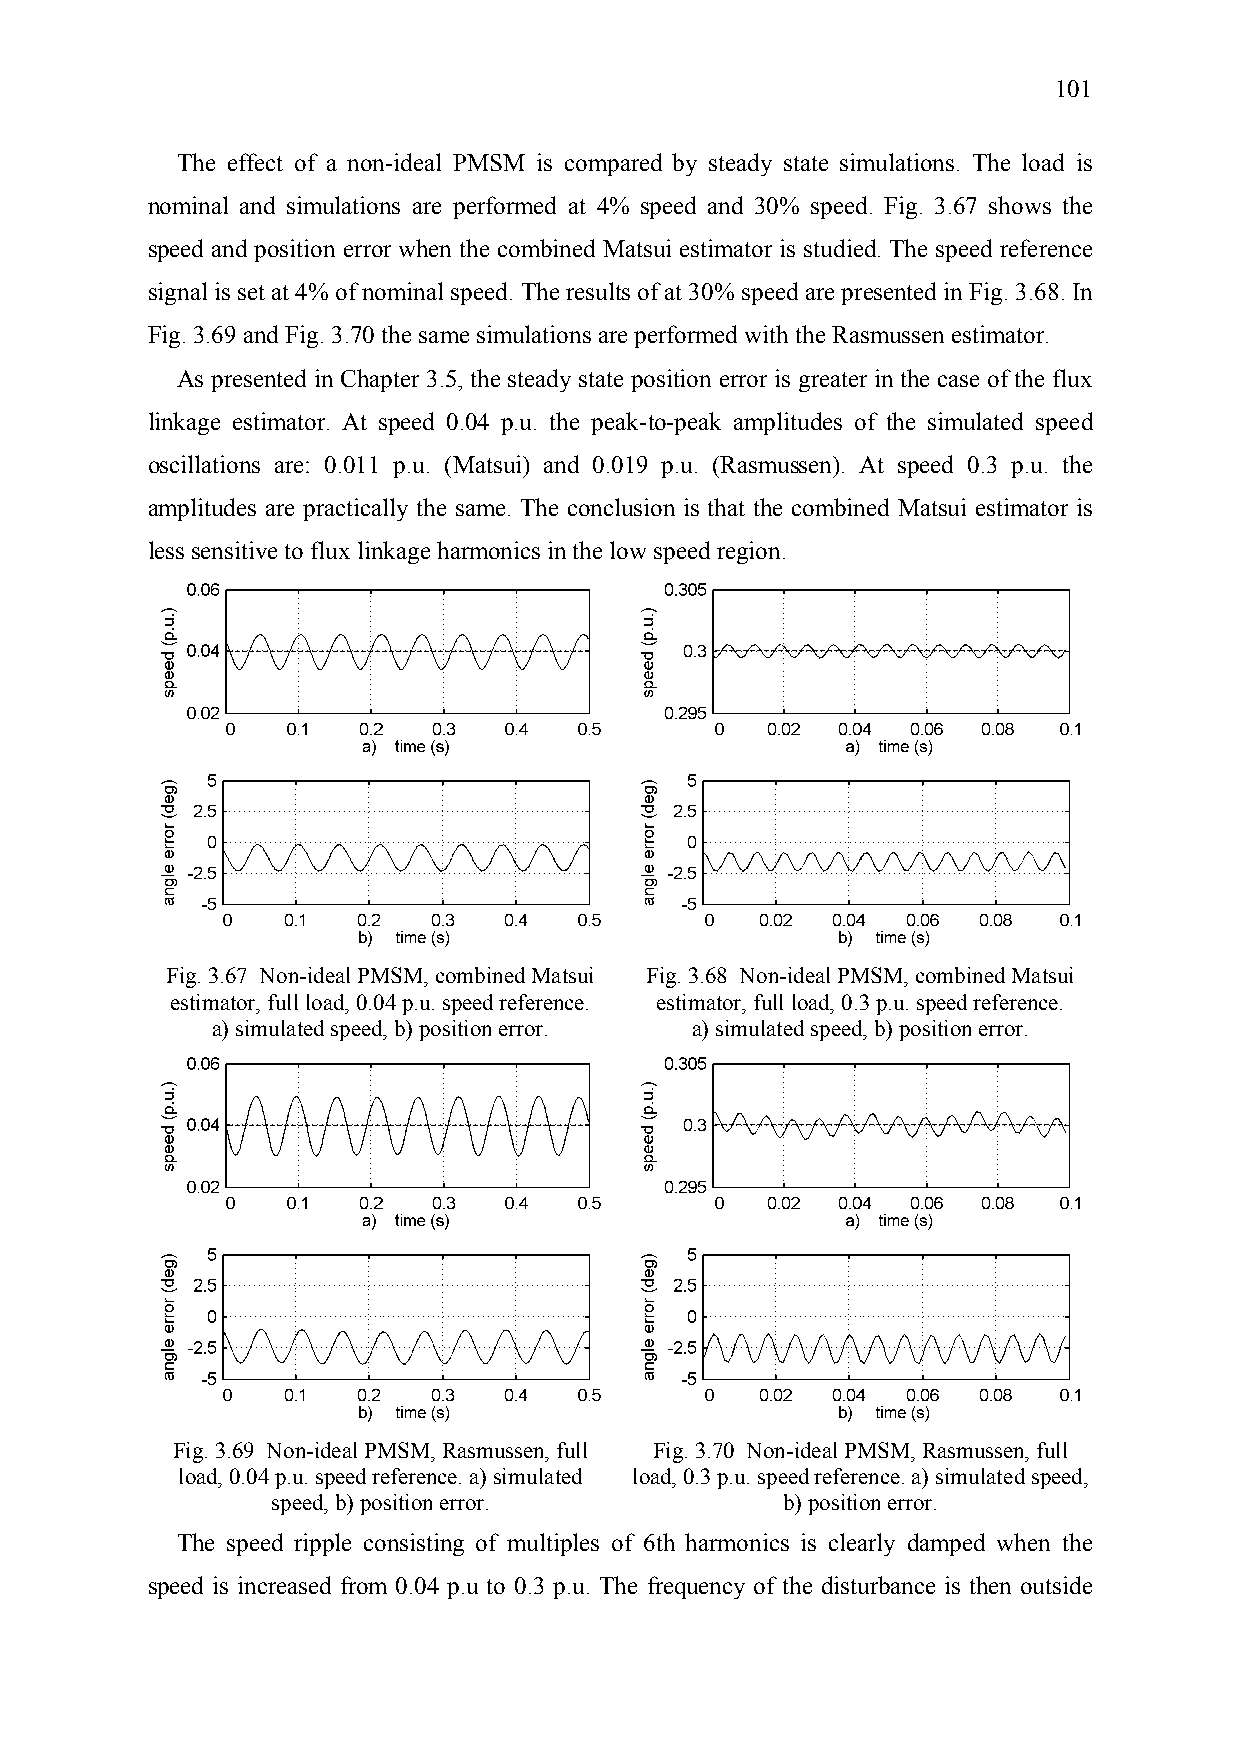
101
 The effect of a non-ideal PMSM is compared by steady state simulations. The load is
 nominal and simulations are performed at 4% speed and 30% speed. Fig. 3.67 shows the
 speed and position error when the combined Matsui estimator is studied. The speed reference
 signal is set at 4% of nominal speed. The results of at 30% speed are presented in Fig. 3.68. In
 Fig. 3.69 and Fig. 3.70 the same simulations are performed with the Rasmussen estimator.
 As presented in Chapter 3.5, the steady state position error is greater in the case of the flux
 linkage estimator. At speed 0.04 p.u. the peak-to-peak amplitudes of the simulated speed
 oscillations are: 0.011 p.u. (Matsui) and 0.019 p.u. (Rasmussen). At speed 0.3 p.u. the
 amplitudes are practically the same. The conclusion is that the combined Matsui estimator is
 less sensitive to flux linkage harmonics in the low speed region.
 Fig. 3.67 Non-ideal PMSM, combined Matsui Fig. 3.68 Non-ideal PMSM, combined Matsui
 estimator, full load, 0.04 p.u. speed reference. estimator, full load, 0.3 p.u. speed reference.
 a) simulated speed, b) position error. a) simulated speed, b) position error.
 Fig. 3.69 Non-ideal PMSM, Rasmussen, full Fig. 3.70 Non-ideal PMSM, Rasmussen, full
 load, 0.04 p.u. speed reference. a) simulated load, 0.3 p.u. speed reference. a) simulated speed,
 speed, b) position error.         b) position error.
 The speed ripple consisting of multiples of 6th harmonics is clearly damped when the
 speed is increased from 0.04 p.u to 0.3 p.u. The frequency of the disturbance is then outside